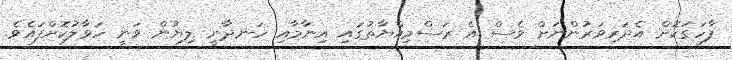
ފާހަގަކޮށް އެދަރިވަރުންނަށް ވެސް އެ ރަސްމިއްޔާތުގައި އިނާމާއި ހަނދާނީ ލިޔުން ވަނީ ހަވާލުކޮށްފައެވެ.